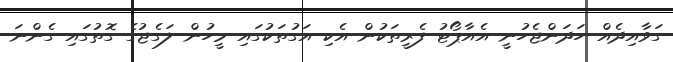
ގަވާއިދެއް ހަދަންޖެހުނީ އެއާޕޯޓު ފެރީތަކުން އެކި އަގުތަކުގައި މީހުން ލަގެޖުގެ ގޮތުގައި ގެންނަ